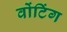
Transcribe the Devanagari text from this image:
वोंटिंग